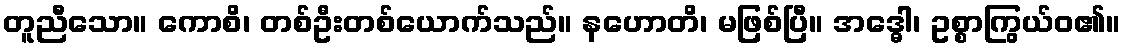
တူညီသော။ ကောစိ၊ တစ်ဦးတစ်ယောက်သည်။ နဟောတိ၊ မဖြစ်ပြီ။ အဒ္ဓေါ၊ ဥစ္စာကြွယ်ဝ၏။